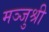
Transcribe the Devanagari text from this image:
मञ्जुश्री